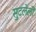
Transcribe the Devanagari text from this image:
सुटलेली